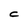
Character: C